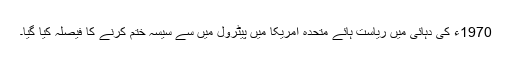
1970ء کی دہائی میں ریاست ہائے متحدہ امریکا میں پیٹرول میں سے سیسہ ختم کرنے کا فیصلہ کیا گیا۔